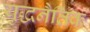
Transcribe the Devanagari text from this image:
युद्धनैतिक